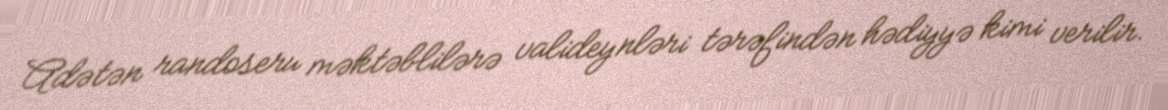
Adətən randoseru məktəblilərə valideynləri tərəfindən hədiyyə kimi verilir.